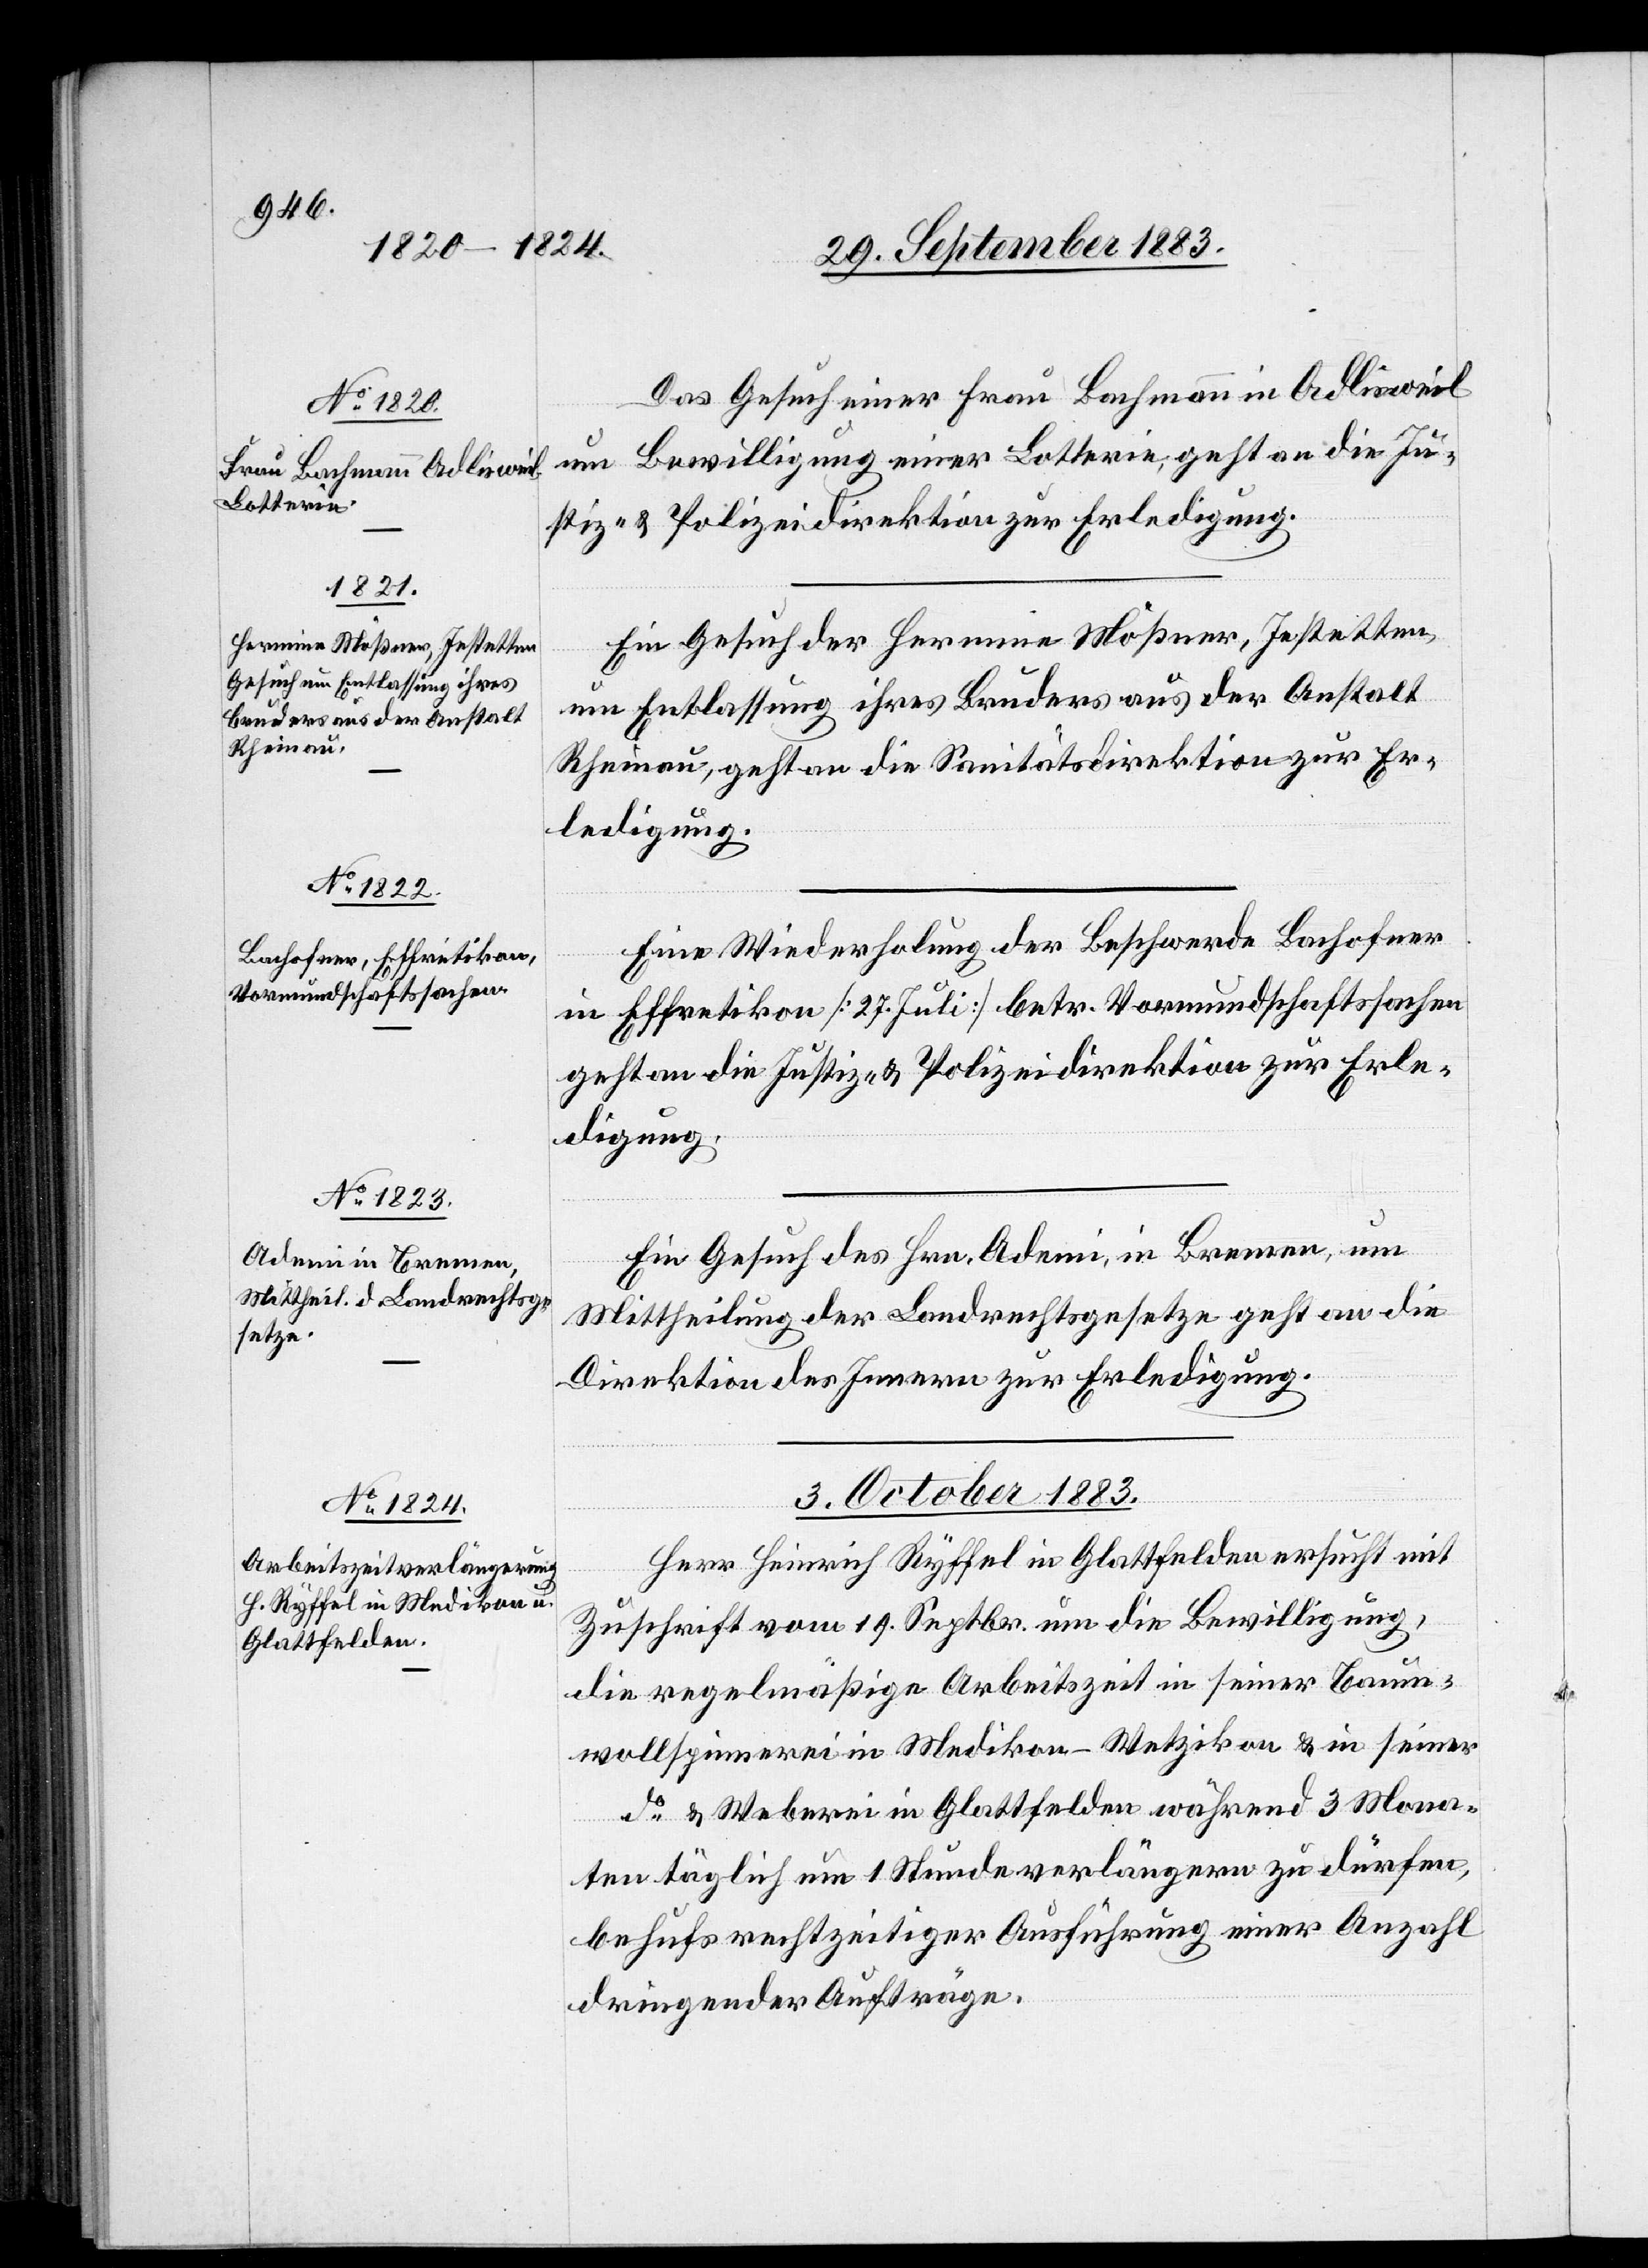
Das Gesuch einer Frau Bachmann in Adlisweil
um Bewilligung einer Lotterie, geht an die Ju¬
stiz- & Polizeidirektion zur Erledigung.
Ein Gesuch der Hermine Mößner, Jestetten,
um Entlassung ihres Bruders aus der Anstalt
Rheinau, geht an die Sanitätsdirektion zur Er¬
ledigung.
Eine Wiederholung der Beschwerde Bachofner
in Effretikon [27. Juli] betr. Vormundschaftssachen
geht an die Justiz- & Polizeidirektion zur Erle¬
digung.
Ein Gesuch des Hrn. Ademi, in Bremen, um
Mittheilung der Landrechtsgesetze geht an die
Direktion des Innern zur Erledigung.
3. October 1883.
Herr Heinrich Ryffel in Glattfelden ersucht mit
Zuschrift vom 19. Septbr. um die Bewilligung,
die regelmäßiger Arbeitszeit in seiner Baum¬
wollspinnerei in Medikon - Wetzikon & in seiner
& Weberei in Glattfelden während 3 Mona¬
ten täglich um 1 Stunde verlängern zu dürfen,
behufs rechtzeitiger Ausführung einer Anzahl
dringender Aufträge.